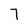
Character: 7